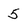
Character: 5